Report of the Indian Hemp Drugs Commission, 1894-1895 - Volume VIII
Year: 1894
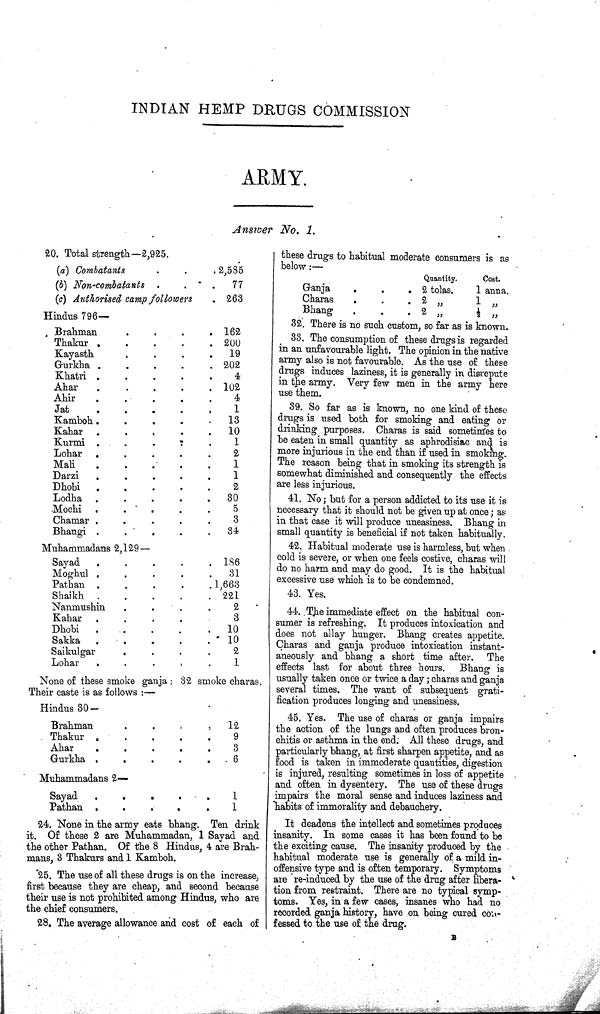
INDIAN HEMP DRUGS COMMISSION
ARMY.
Answer No. 1.
20. Total strength-2,925.
(a) Combatants
2,585
(b) Non-combatants
77
(c) Authorised camp followers
263
Hindus 796—
Brahman
162
Thakur
200
Kayasth
19
Gurkha
202
Khatri
4
Ahar
102
Ahir
4
Jat
1
Kamboh
13
Kahar
10
Kurmi
1
Lohar
2
Mali
1
Darzi
1
Dhobi
2
Lodha
30
Mochi
5
Chamar
3
Bhangi
34
Muhammadans 2,129—
Sayad
186
Moghul
31
Pathan
1,663
Shaikh
221
Nanmushin
2
Kahar
3
Dhobi
10
Sakka
10
Saikulgar
2
Lohar
1
None of these smoke ganja: 32 smoke charas.
Their caste is as follows:—
Hindus 30—
Brahman
12
Thakur
9
Ahar
3
Gurkha
6
Muhammadans 2—
Sayad
1
Pathan
1
24. None in the army eats bhang. Ten drink
it. Of these 2 are Muhammadan, 1 Sayad and
the other Pathan. Of the 8 Hindus, 4 are Brah-
mans, 3 Thakurs and 1 Kamboh.
25. The use of all these drugs is on the increase,
first because they are cheap, and second because
their use is not prohibited among Hindus, who are
the chief consumers.
28. The average allowance and cost of each of
these drugs to habitual moderate consumers is as
below:—
Quantity.
Cost.
Ganja
2 tolas.
1 anna.
Charas
2 "
1 "
Bhang
2 "
1/2 "
32. There is no such custom, so far as is known.
33. The consumption of these drugs is regarded
in an unfavourable light. The opinion in the native
army also is not favourable. As the use of these
drugs induces laziness, it is generally in disrepute
in the army. Very few men in the army here
use them.
39. So far as is known, no one kind of these
drugs is used both for smoking and eating or
drinking purposes. Charas is said sometimes to
be eaten in small quantity as aphrodisiac and is
more injurious in the end than if used in smoking.
The reason being that in smoking its strength is
somewhat diminished and consequently the effects
are less injurious.
41. No; but for a person addicted to its use it is
necessary that it should not be given up at once; as
in that case it will produce uneasiness. Bhang in
small quantity is beneficial if not taken habitually.
42. Habitual moderate use is harmless, but when
cold is severe, or when one feels costive, charas will
do no harm and may do good. It is the habitual
excessive use which is to be condemned.
43. Yes.
44. The immediate effect on the habitual con-
sumer is refreshing. It produces intoxication and
does not allay hunger. Bhang creates appetite.
Charas and ganja produce intoxication instant-
aneously and bhang a short time after. The
effects last for about three hours. Bhang is
usually taken once or twice a day; charas and ganja
several times. The want of subsequent grati-
fication produces longing and uneasiness.
45. Yes. The use of charas or ganja impairs
the action of the lungs and often produces bron-
chitis or asthma in the end. All these drugs, and
particularly bhang, at first sharpen appetite, and as
food is taken in immoderate quantities, digestion
is injured, resulting sometimes in loss of appetite
and often in dysentery. The use of these drugs
impairs the moral sense and induces laziness and
habits of immorality and debauchery.
It deadens the intellect and sometimes produces
insanity. In some cases it has been found to be
the exciting cause. The insanity produced by the
habitual moderate use is generally of a mild in-
offensive type and is often temporary. Symptoms
are re-induced by the use of the drug after libera-
tion from restraint. There are no typical symp-
toms. Yes, in a few cases, insanes who had no
recorded ganja history, have on being cured con-
fessed to the use of the drug.
B